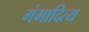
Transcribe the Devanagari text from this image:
गंगादित्य